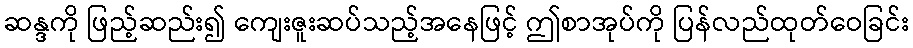
ဆန္ဒကို ဖြည့်ဆည်း၍ ကျေးဇူးဆပ်သည့်အနေဖြင့် ဤစာအုပ်ကို ပြန်လည်ထုတ်ဝေခြင်း